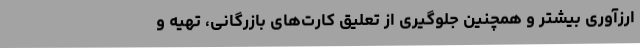
ارزآوری بیشتر و همچنین جلوگیری از تعلیق کارت‌های بازرگانی، تهیه و